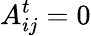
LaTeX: A_{ij}^{t}=0